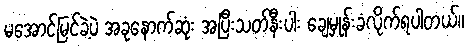
မအောင်မြင်ခဲ့ပဲ အခုနောက်ဆုံး အပြီးသတ်နီးပါး ချေမှုန်းခံလိုက်ရပါတယ်။